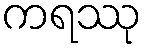
ကရဿု